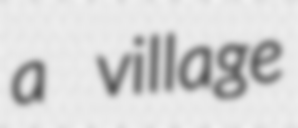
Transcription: a village